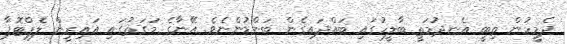
ދެމީހުން ތިބީ އެނދުމަތީ ބާލީހުގައި ބައްދައިގެން ބަންޑުންނެވެ. އޭނާގެ މަގަތުގައި އައިރީން ލެޕްޓޮޕާ